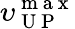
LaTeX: \upsilon_{\mathrm{~U~P~}}^{\mathrm{~m~a~x~}}